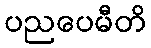
ပညပေမီတိ